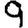
Digit: 9